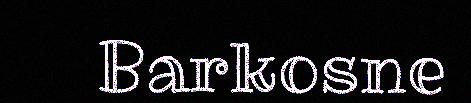
Barkosne